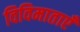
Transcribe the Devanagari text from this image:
विविमाताएँ